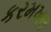
કરમખલ